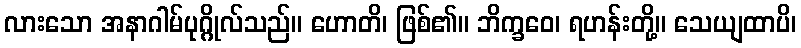
လားသော အနာဂါမ်ပုဂ္ဂိုလ်သည်။ ဟောတိ၊ ဖြစ်၏။ ဘိက္ခဝေ၊ ရဟန်းတို့။ သေယျထာပိ၊